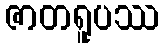
ဇာတရူပဿ